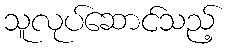
သူလုပ်ဆောင်သည့်